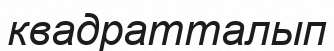
квадратталып